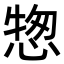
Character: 𢝰